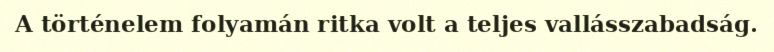
A történelem folyamán ritka volt a teljes vallásszabadság.